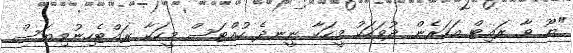
"ޔޫ ވާ ރައިޓް އަހަރެން ދުވަހަކު މީހަކާ ނީނދެ ހުއްޓަސް މީހަކާ ރައްޓެހިނުވިޔަސް